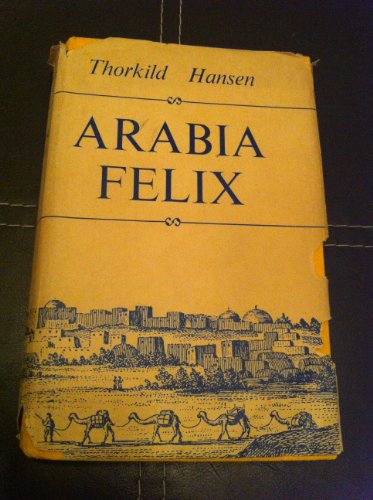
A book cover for Arabia Felix: The Danish expedition of 1761-1767; Thorkild Hansen; Travel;